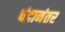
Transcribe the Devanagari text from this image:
चंद्रानंतर